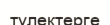
түлектерге